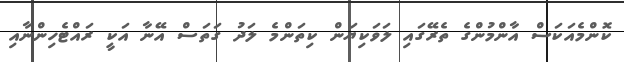
ކޮންމެއަކަސް އާންމުންގެ ތެރޭގައި ލަވަކިޔަން ކިތަންމެ ލަދު ގަތަސް އޭނާ އަކީ ރައްޓެހިންނާއި